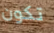
تكون